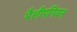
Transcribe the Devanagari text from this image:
मैलीपगियन